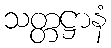
သတ္တဋ္ဌာနံ